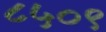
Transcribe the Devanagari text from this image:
८५०९